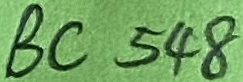
Text: BC548